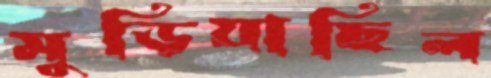
মুড়িয়াছিল